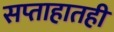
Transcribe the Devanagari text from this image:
सप्ताहातही